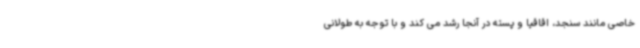
خاصی مانند سنجد، اقاقیا و پسته در آنجا رشد می کند و با توجه به طولانی